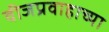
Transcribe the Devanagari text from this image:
वीजप्रवाहाच्या